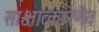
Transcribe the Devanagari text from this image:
साक्षात्कारेणैव